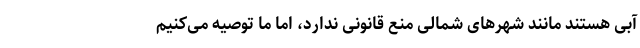
آبی هستند مانند شهر‌های شمالی منع قانونی ندارد، اما ما توصیه می‌کنیم